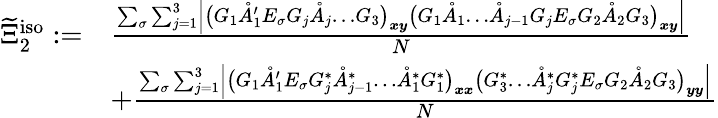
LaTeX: \begin{array}{rl}{\widetilde{\Xi}_{2}^{\mathrm{iso}}:=}&{\frac{\sum_{\sigma}\sum_{j=1}^{3}\left\vert\big(G_{1}\mathring{A}_{1}^{\prime}E_{\sigma}G_{j}\mathring{A}_{j}\ldots G_{3}\big)_{\boldsymbol{x}\boldsymbol{y}}\big(G_{1}\mathring{A}_{1}\ldots\mathring{A}_{j-1}G_{j}E_{\sigma}G_{2}\mathring{A}_{2}G_{3}\big)_{\boldsymbol{x}\boldsymbol{y}}\right\vert}{N}}\\ &{+\frac{\sum_{\sigma}\sum_{j=1}^{3}\left\vert\big(G_{1}\mathring{A}_{1}^{\prime}E_{\sigma}G_{j}^{*}\mathring{A}_{j-1}^{*}\ldots\mathring{A}_{1}^{*}G_{1}^{*}\big)_{\boldsymbol{x}\boldsymbol{x}}\big(G_{3}^{*}\ldots\mathring{A}_{j}^{*}G_{j}^{*}E_{\sigma}G_{2}\mathring{A}_{2}G_{3}\big)_{\boldsymbol{y}\boldsymbol{y}}\right\vert}{N}}\end{array}